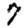
Digit: 7